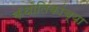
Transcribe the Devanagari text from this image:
कॅथोलिकांच्या